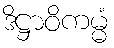
ဒိဋ္ဌာဝိကမ္မံ